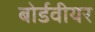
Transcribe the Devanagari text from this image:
बोर्डवीयर